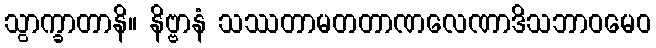
သွာက္ခာတာနိ။ နိဗ္ဗာနံ သဿတာမတတာဏလေဏာဒိသဘာဝမေဝ